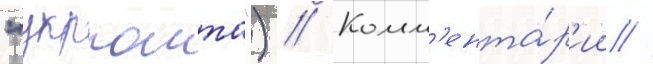
"укрпошта") // Комм'ента́р'ии //